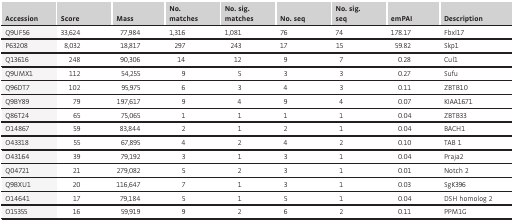
| Accession | Score | Mass | No. matches | No. sig. matches | No. seq | No. sig. seq | emPAI | Description |
 | --- | --- | --- | --- | --- | --- | --- | --- | --- |
 | Q9UF56 | 33,624 | 77,984 | 1,316 | 1,081 | 76 | 74 | 178.17 | Fbxl17 |
 | P63208 | 8,032 | 18,817 | 297 | 243 | 17 | 15 | 59.82 | Skp1 |
 | Q13616 | 248 | 90,306 | 14 | 12 | 9 | 7 | 0.28 | Cul1 |
 | Q9UMX1 | 112 | 54,255 | 9 | 5 | 3 | 3 | 0.27 | Sufu |
 | Q96DT7 | 102 | 95,975 | 6 | 3 | 4 | 3 | 0.11 | ZBTB10 |
 | Q9BY89 | 79 | 197,617 | 9 | 4 | 9 | 4 | 0.07 | KIAA1671 |
 | Q86T24 | 65 | 75,065 | 1 | 1 | 1 | 1 | 0.04 | ZBTB33 |
 | O14867 | 59 | 83,844 | 2 | 1 | 2 | 1 | 0.04 | BACH1 |
 | O43318 | 55 | 67,895 | 4 | 2 | 4 | 2 | 0.10 | TAB 1 |
 | O43164 | 39 | 79,192 | 3 | 1 | 3 | 1 | 0.04 | Praja2 |
 | Q04721 | 21 | 279,082 | 5 | 2 | 3 | 1 | 0.01 | Notch 2 |
 | Q9BXU1 | 20 | 116,647 | 7 | 1 | 3 | 1 | 0.03 | SgK396 |
 | O14641 | 17 | 79,184 | 5 | 1 | 5 | 1 | 0.04 | DSH homolog 2 |
 | O15355 | 16 | 59,919 | 9 | 2 | 6 | 2 | 0.11 | PPM1G |